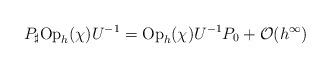
LaTeX: \begin{align*}P_\sharp{\rm Op}_h(\chi)U^{-1}={\rm Op}_h(\chi)U^{-1}P_0+{\cal O}(h^\infty)\end{align*}